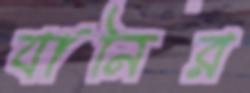
যানির